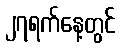
၂၇ရက်နေ့တွင်